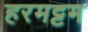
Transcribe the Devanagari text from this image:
हरमट्टम